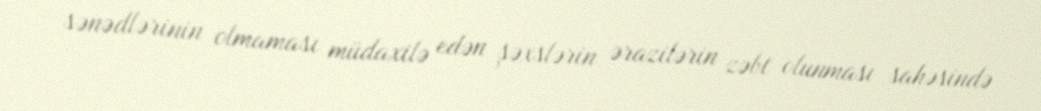
sənədlərinin olmaması müdaxilə edən şəxslərin ərazilərin zəbt olunması sahəsində